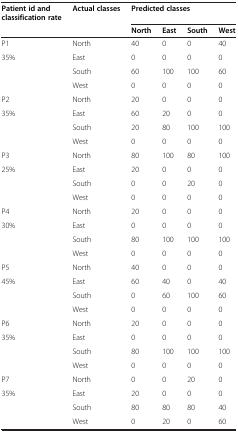
<table><thead><tr><td><b>Patient id and classification rate</b></td><td><b>Actual classes</b></td><td colspan="4"><b>Predicted classes</b></td></tr><tr><td><b> </b></td><td><b> </b></td><td><b>North</b></td><td><b>East</b></td><td><b>South</b></td><td><b>West</b></td></tr></thead><tbody><tr><td>P1</td><td>North</td><td>40</td><td>0</td><td>0</td><td>40</td></tr><tr><td rowspan="3">35%</td><td>East</td><td>0</td><td>0</td><td>0</td><td>0</td></tr><tr><td>South</td><td>60</td><td>100</td><td>100</td><td>60</td></tr><tr><td>West</td><td>0</td><td>0</td><td>0</td><td>0</td></tr><tr><td>P2</td><td>North</td><td>20</td><td>0</td><td>0</td><td>0</td></tr><tr><td rowspan="3">35%</td><td>East</td><td>60</td><td>20</td><td>0</td><td>0</td></tr><tr><td>South</td><td>20</td><td>80</td><td>100</td><td>100</td></tr><tr><td>West</td><td>0</td><td>0</td><td>0</td><td>0</td></tr><tr><td>P3</td><td>North</td><td>80</td><td>100</td><td>80</td><td>100</td></tr><tr><td rowspan="3">25%</td><td>East</td><td>20</td><td>0</td><td>0</td><td>0</td></tr><tr><td>South</td><td>0</td><td>0</td><td>20</td><td>0</td></tr><tr><td>West</td><td>0</td><td>0</td><td>0</td><td>0</td></tr><tr><td>P4</td><td>North</td><td>20</td><td>0</td><td>0</td><td>0</td></tr><tr><td rowspan="3">30%</td><td>East</td><td>0</td><td>0</td><td>0</td><td>0</td></tr><tr><td>South</td><td>80</td><td>100</td><td>100</td><td>100</td></tr><tr><td>West</td><td>0</td><td>0</td><td>0</td><td>0</td></tr><tr><td>P5</td><td>North</td><td>40</td><td>0</td><td>0</td><td>0</td></tr><tr><td rowspan="3">45%</td><td>East</td><td>60</td><td>40</td><td>0</td><td>40</td></tr><tr><td>South</td><td>0</td><td>60</td><td>100</td><td>60</td></tr><tr><td>West</td><td>0</td><td>0</td><td>0</td><td>0</td></tr><tr><td>P6</td><td>North</td><td>20</td><td>0</td><td>0</td><td>0</td></tr><tr><td rowspan="3">35%</td><td>East</td><td>0</td><td>0</td><td>0</td><td>0</td></tr><tr><td>South</td><td>80</td><td>100</td><td>100</td><td>100</td></tr><tr><td>West</td><td>0</td><td>0</td><td>0</td><td>0</td></tr><tr><td>P7</td><td>North</td><td>0</td><td>0</td><td>20</td><td>0</td></tr><tr><td rowspan="2">35%</td><td>East</td><td>20</td><td>0</td><td>0</td><td>0</td></tr><tr><td>South</td><td>80</td><td>80</td><td>80</td><td>40</td></tr><tr><td> </td><td>West</td><td>0</td><td>20</td><td>0</td><td>60</td></tr></tbody></table>